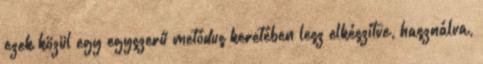
ezek közül egy egyszerű metódus keretében lesz elkészítve, használva,